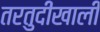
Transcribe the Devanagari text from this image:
तरतुदीखाली